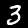
Digit: 3